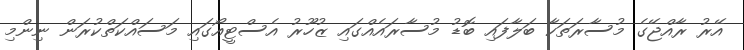
އޭރު ރާއްޖޭގެ މުސާރަތަކާ ބަލާފައި ބޮޑު މުސާރައެއްގައި ޒުހޫރު އެސްޓީއޯގައި މަސައްކަތްކުރަން ނިންމި